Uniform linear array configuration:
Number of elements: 24
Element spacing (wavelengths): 0.5
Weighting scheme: blackman
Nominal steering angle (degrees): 15
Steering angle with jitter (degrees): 16.197
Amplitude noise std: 0.05
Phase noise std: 0.05

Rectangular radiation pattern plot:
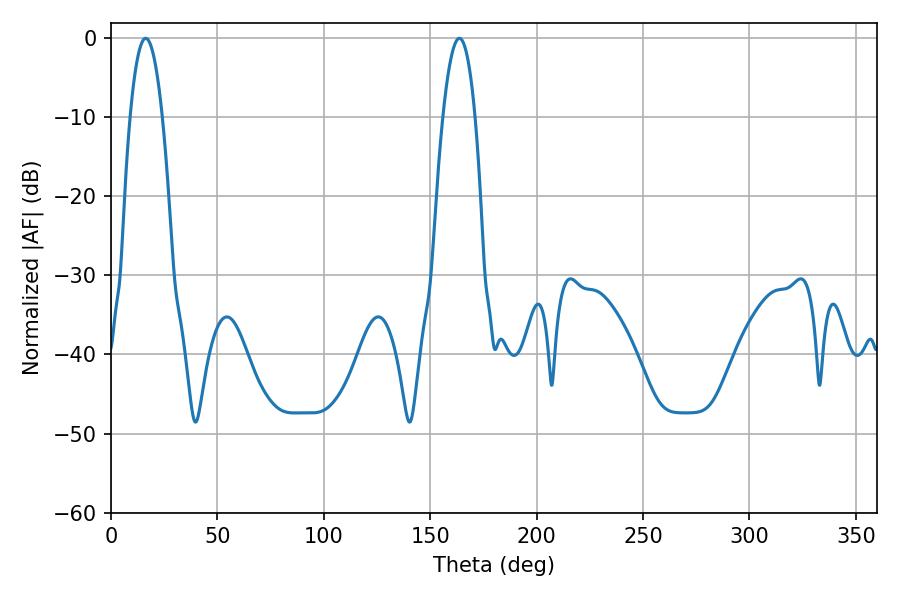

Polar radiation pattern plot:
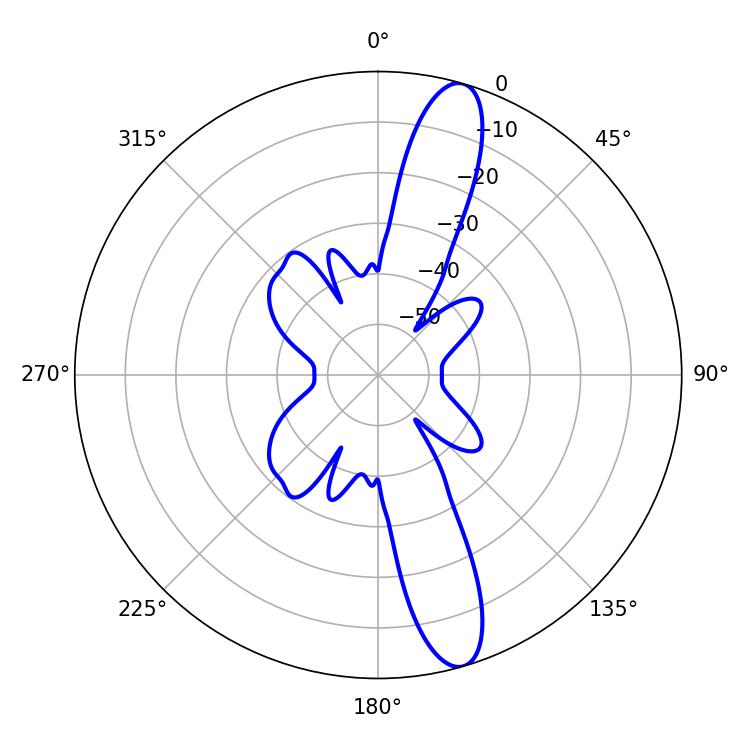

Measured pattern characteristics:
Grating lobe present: FALSE
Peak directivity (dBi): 13.562
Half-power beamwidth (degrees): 8.28
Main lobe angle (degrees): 16.38